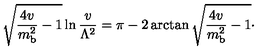
\sqrt { { \frac { 4 v } { m _ { \mathrm { b } } ^ { 2 } } } - 1 } \ln { \frac { v } { \Lambda ^ { 2 } } } = \pi - 2 \arctan \sqrt { { \frac { 4 v } { m _ { \mathrm { b } } ^ { 2 } } } - 1 } \cdotp